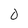
Character: 0